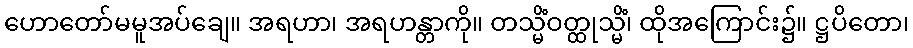
ဟောတော်မမူအပ်ချေ။ အရဟာ၊ အရဟန္တာကို။ တသ္မိံဝတ္ထုသ္မိံ၊ ထိုအကြောင်း၌။ ဋ္ဌပိတော၊